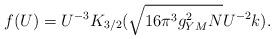
LaTeX: \begin{align*}f(U) = U^{-3} K_{3/2} ( \sqrt{16 \pi^3 g_{YM}^2 N} U^{-2} k ).\end{align*}